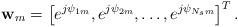
LaTeX: \begin{align*} \textbf{w}_m = \left[e^{j\psi_{1m}}, e^{j\psi_{2m}},\ldots, e^{j\psi_{N_sm}} \right]^T.\end{align*}